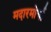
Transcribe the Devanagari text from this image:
मदारमोर्चा